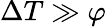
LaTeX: \Delta T\gg\varphi